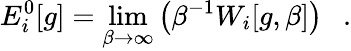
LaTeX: E_{i}^{0}[g]=\operatorname*{lim}_{\beta\rightarrow\infty}\left(\beta^{-1}W_{i}[g,\beta]\right)~~~.